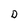
Character: D